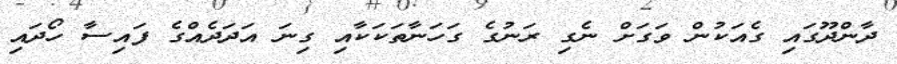
ދާންދޫގައި ގެއަކުން ވަގަށް ނެގި ރަނުގެ ގަހަނާތަކަކާއި ގިނަ އަދަދެއްގެ ފައިސާ ހޯދައި